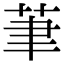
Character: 茟